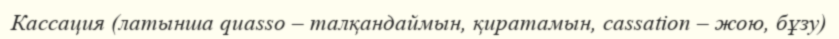
Кассация (латынша quasso – талқандаймын, қиратамын, cassatіon – жою, бұзу)